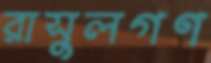
রাসুলগণ